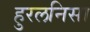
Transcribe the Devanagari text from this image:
हुरलनिसा